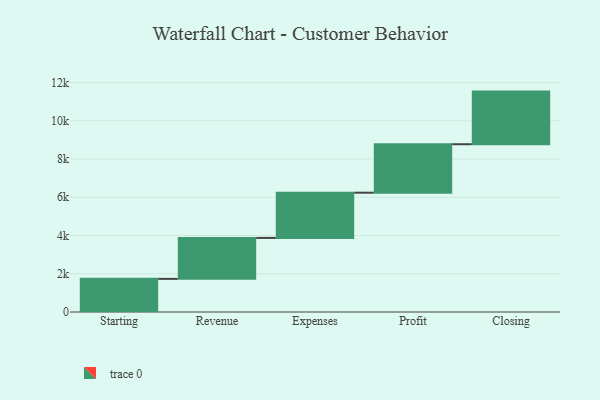
{"axis": {"x": "Step", "y": "Value"}, "legend": [""], "data": [{"x": "Starting", "y": 1733.0, "type": ""}, {"x": "Revenue", "y": 2142.0, "type": ""}, {"x": "Expenses", "y": 2365.0, "type": ""}, {"x": "Profit", "y": 2535.0, "type": ""}, {"x": "Closing", "y": 2753.0, "type": ""}]}